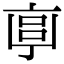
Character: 𠅠